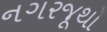
નગરજૂથો